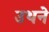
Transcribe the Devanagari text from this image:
उथने